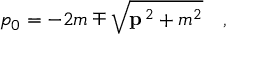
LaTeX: p _ { 0 } = - 2 m \mp \sqrt { { \bf p } ^ { \, 2 } + m ^ { 2 } } \quad ,